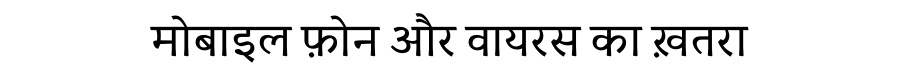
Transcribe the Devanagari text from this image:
मोबाइल फ़ोन और वायरस का ख़तरा